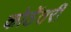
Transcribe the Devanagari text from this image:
कोठेंतरी